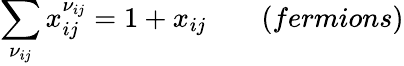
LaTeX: \sum_{\nu_{ij}}x_{ij}^{\nu_{ij}}=1+x_{ij}\; \; \; \; \; \; \; (fermions)